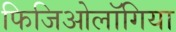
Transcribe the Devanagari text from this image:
फिजिओलॉगिया